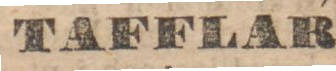
TAFFLAR